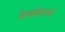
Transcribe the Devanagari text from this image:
देशप्रेमाचे